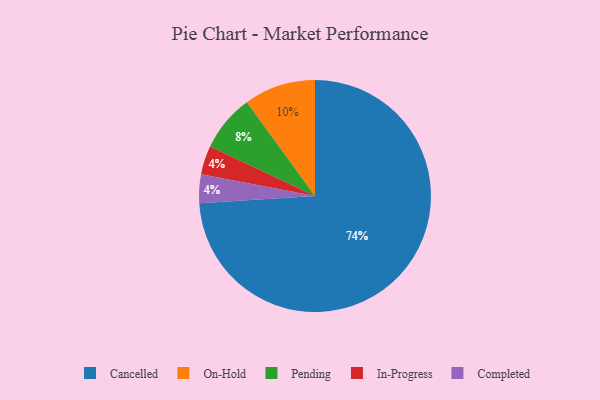
{"axis": {"x": "Category", "y": "Percentage"}, "legend": ["Cancelled", "Completed", "In-Progress", "On-Hold", "Pending"], "data": [{"x": "On-Hold", "y": 10, "type": "On-Hold"}, {"x": "Pending", "y": 8, "type": "Pending"}, {"x": "In-Progress", "y": 4, "type": "In-Progress"}, {"x": "Completed", "y": 4, "type": "Completed"}, {"x": "Cancelled", "y": 74, "type": "Cancelled"}]}